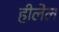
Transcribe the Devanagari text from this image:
हीलेल